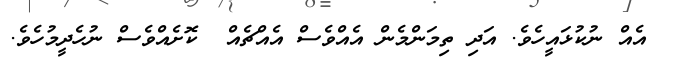
އެއް ނުކުޅައީހެވެ. އަދި ތިމަންމެން އެއްވެސް އެއްޗެއް  ކޮށެއްވެސް ނުހެދީމުހެވެ.